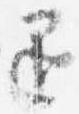
退